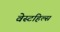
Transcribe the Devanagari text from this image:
वेस्टहिल्स